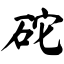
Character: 砣